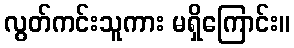
လွတ်ကင်းသူကား မရှိကြောင်း။